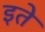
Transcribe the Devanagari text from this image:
इते